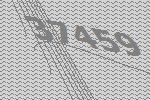
37459